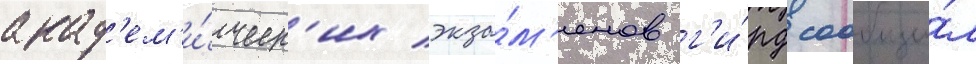
акад'ем'и́ческ'их экза́м'енов г'и́рд сообщи́л